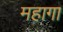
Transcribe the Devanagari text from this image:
महागा